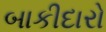
બાકીદારો